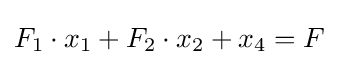
F_{1}\cdot x_{1}+F_{2}\cdot x_{2}+x_{4}=F